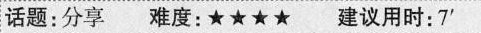
话题:分享 难度:★★★★ 建议用时:7^{'}